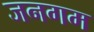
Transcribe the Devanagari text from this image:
जनगम